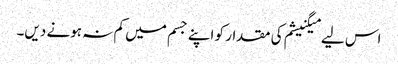
اس لیے میگنیشم کی مقدار کو اپنے جسم میں کم نہ ہونے دیں۔